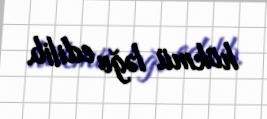
hökmü ləğv edilib.